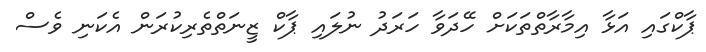
ޕާކްގައި އަޅާ އިމާރާތްތަކަށް ހޭދަވާ ހަރަދު ނުލައި ޕާކް ޒީނަތްތެރިކުރަން އެކަނި ވެސް